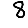
Digit: 8